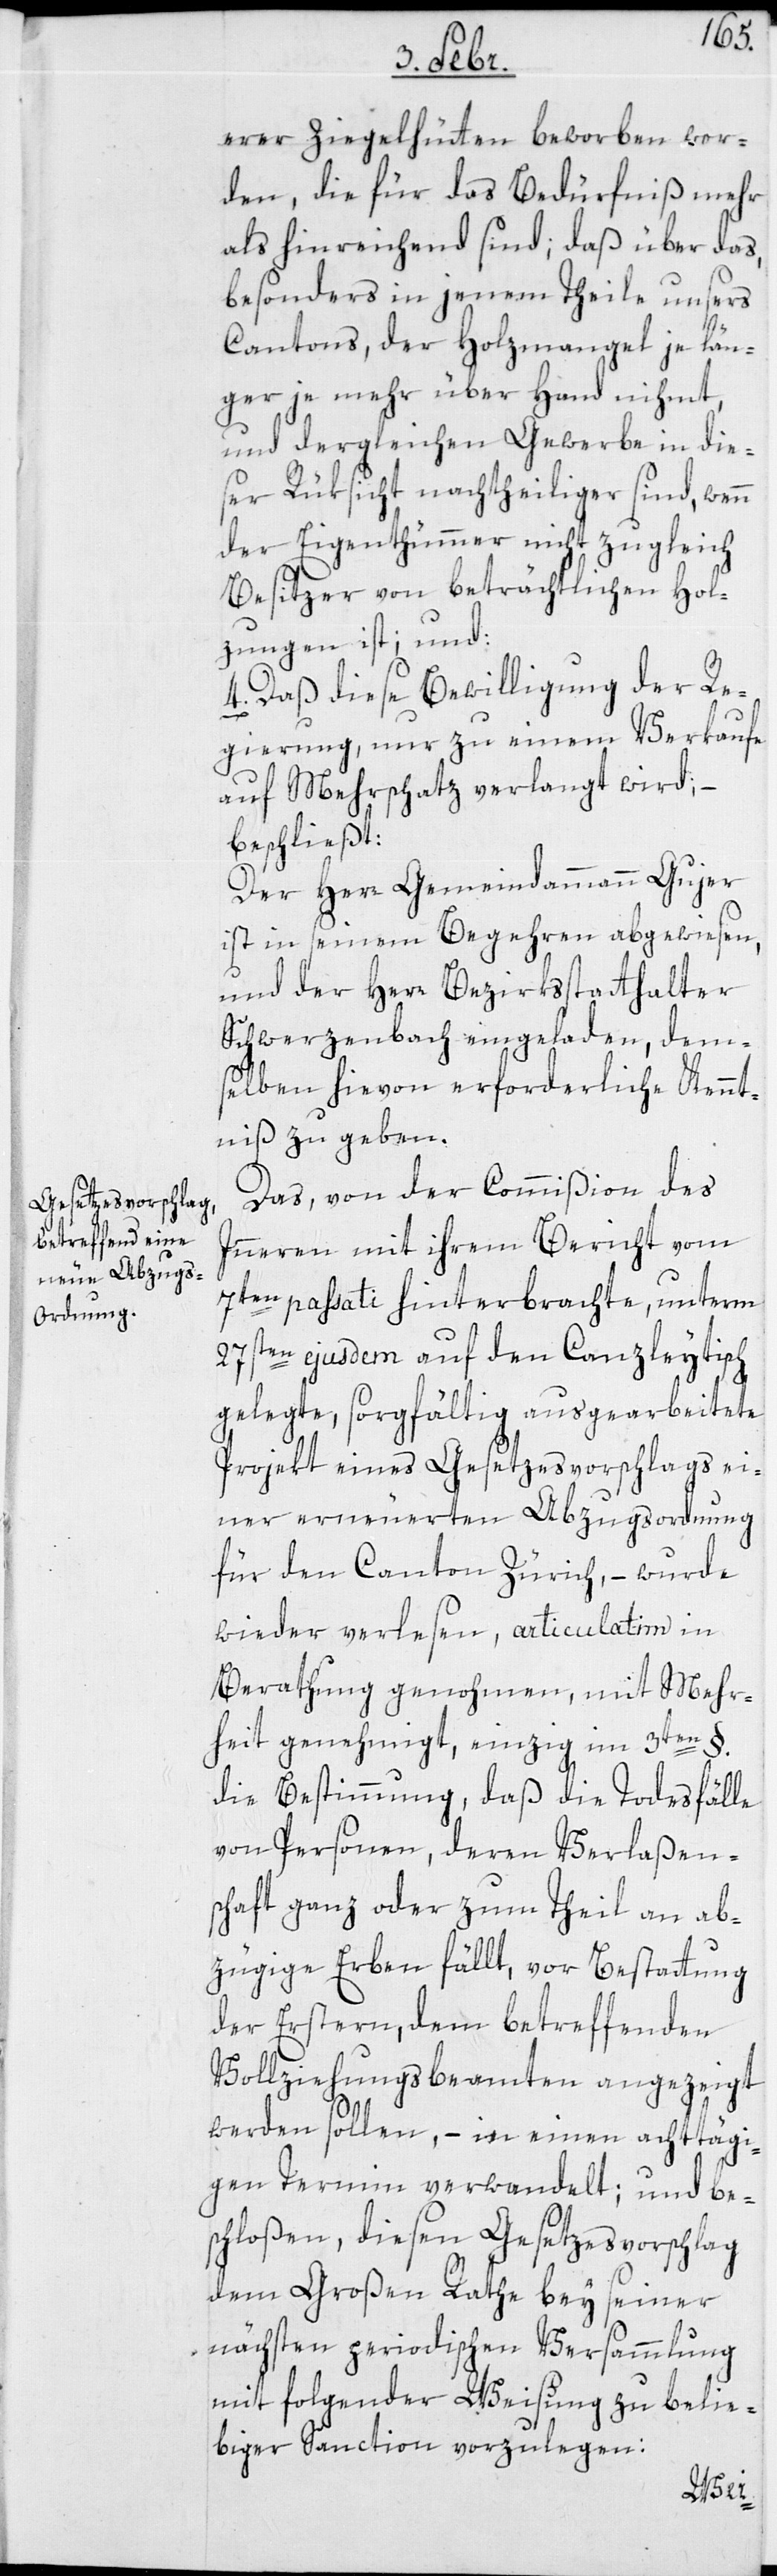
erer Ziegelhütten beworben wor¬
den, die für das Bedürfniß mehr
als hinreichend sind; daß über das,
besonders in jenem Theile unsers
Cantons, der Holzmangel je län¬
ger je mehr überhand nihmt,
und dergleichen Gewerbe in die¬
ser Rüksicht nachtheiliger sind, wenn
der Eigentümer nicht zugleich
Besitzer von beträchtlichen Hol¬
zungen ist; und:
4. daß diese Bewilligung der Re¬
gierung, nur zu einem Verkaufe
auf Mehrschatz verlangt wird;
beschließt:
Der Herr Gemeindammann Gujer
ist in seinem Begehren abgewiesen,
und der Herr Bezirksstatthalter
Schwerzenbach eingeladen, dems¬
elben hievon erforderliche Kennt¬
niß zu geben.
Das von der Commißion des
Innern mit ihrem Bericht vom
7ten passati hinterbrachte, unterm
27sten ejusdem auf den Canzleytisch
gelegte, sorgfältig ausgearbeitete
Projekt eines Gesetzesvorschlags ei¬
ner erneuerten Abzugsordnung
für den Canton Zürich, – wurde
wieder verlesen, articulatim in
Berathung genohmen, mit Mehr¬
heit genehmigt, einzig im 3ten §.
die Bestimmung, daß die Todesfälle
von Personen, deren Verlaßen¬
schaft ganz oder zum Theil an ab¬
zügige Erben fällt, vor Bestattung
der ersteren, dem betreffenden
Vollziehungsbeamten angezeigt
werden sollen, – in einen achttägi¬
gen Termin verwandelt; und be¬
schloßen, diesen Gesetzesvorschlag
dem Großen Rathe bey seiner
nächsten periodischen Versammlung
mit folgender Weisung zu belie¬
biger Sanction vorzulegen: